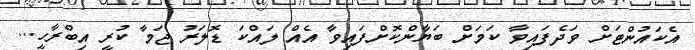
އެކައުންޓަށް ވަދެފައިވާ ކަމަށް ބަޔާންކޮށްފައިވާ އެއް ލައްކަ ޑޮލަރު ޖަމާ ކުރީ އިބްރާހީ...